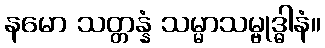
နမော သတ္တန္နံ သမ္မာသမ္ဗုဒ္ဓါနံ။